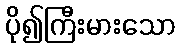
ပို၍ကြီးမားသော